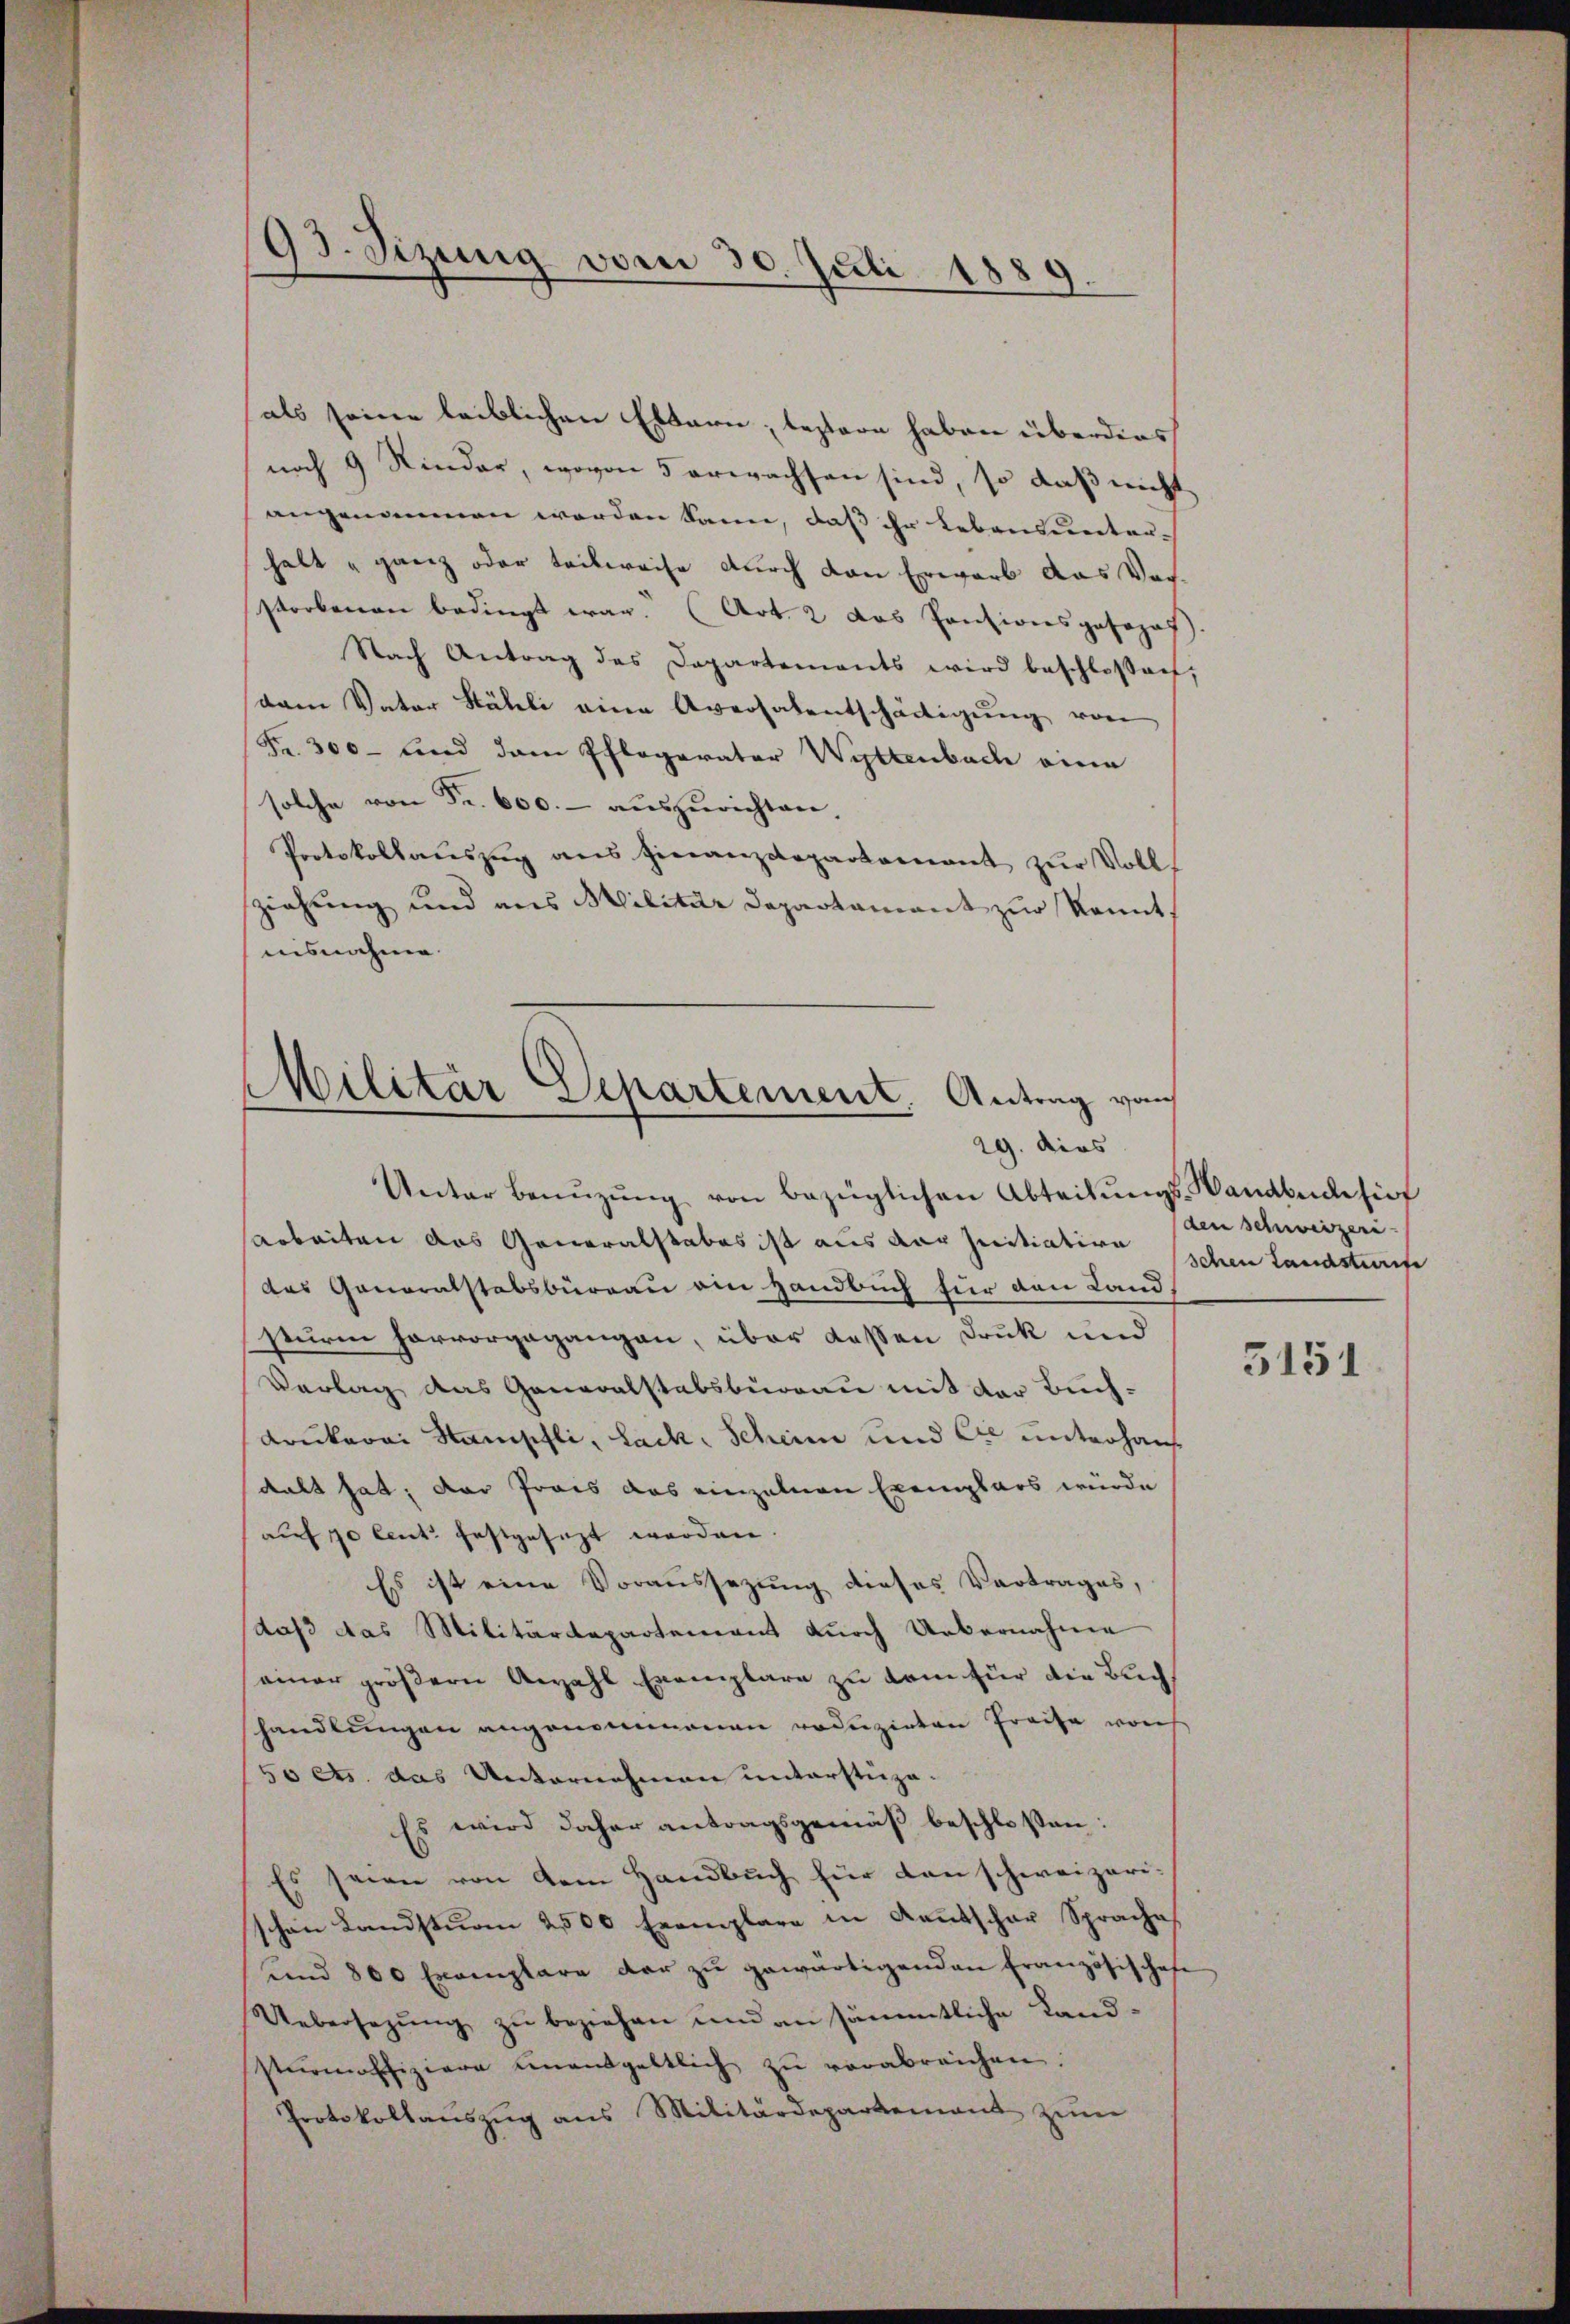
93. Sizung vom 30. Juli 1881.
e

als seine leiblichen Eltern, bestern haben überdies
noch 9 Rinder, wovon 5 erwachsen sind, so daß nicht
angenommen werden kann, daß ihr Lebensunter-
halt ganz oder teilweise durch den Erwarb das Vorstorbenen bedingt war. (Art. 2 das Pensionsposozaf
Nach Antrag des Departements wird beschlossen,
dem Vater Hähli eine Aversalentschäftigung von
Fr. 300 - und dem Pflegarator Wyttenbach eine
solche von Fr. 600. – auszurichten
Protokollaŭszŭg ans Finanzdepartamant zŭr Voll-
ziehung und aus Militär Departament zur Kennt,
uisnahme.
Militär Departement. Antrag von

.
29. dies

Unter benŭzŭng von bezüglichen Abteilŭngs- Wandbuch sich
arbeiten das Generalstabes ist aus der Initiative
des Generalstabsbureau ein Handbuch für den Land
sturm hervorgegangen, über dassen Druk und
Verlag das Generalstabsbureau mit der Buch¬
Krukerei Stampfli, Lack, Schein und Cie unterhaus
dalt hat, das Prois das einzelnen Exemplars wurde
auf 10 Cent festgesezt werden.
Es ist eine Voraussezung dieses Vortrages,
daß das Militärdepartement durch Uebernahme
einer größern Anzahl Exemplare zu kam für die Buchshandlŭngen angenommenen roduzirten Preise von
50 cts. das Unternehmen unterstüza¬
Es wird daher antragsgemäß beschlossen:
Es seien von dem Handbuch für den schweizerischon Landsturm 2500 Exemplare in Kautschar Sprache
und 800 Exemplare der zŭ gewärtigenden Französischehe
Uebersezung zu beziehen und an sämmtliche Land
stŭrmoffiziere unentgeltlich zŭ verabreichen.
Protokollaŭszŭg ans Militärdepartement zŭm

(den schweizeri
schen Landstürife

5151